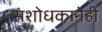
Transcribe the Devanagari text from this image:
संशोधकानेही